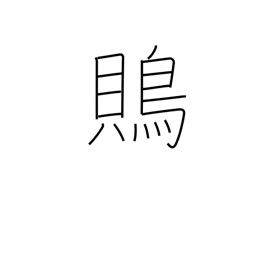
Meaning: shrike